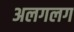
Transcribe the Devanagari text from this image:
अलगलग